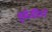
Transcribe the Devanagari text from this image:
इमेजींगने